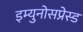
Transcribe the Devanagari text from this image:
इम्युनोसप्रेस्ड